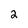
Character: 2